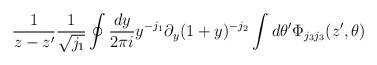
\begin{align*}\frac{1}{z-z'} \frac{1}{\sqrt{j_1}} \oint \frac{dy}{2 \pi i}y^{-j_1}\partial_y (1+y)^{-j_2} \int d \theta'\Phi_{j_3j_3}(z',\theta)\end{align*}